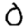
Digit: 0